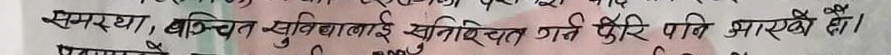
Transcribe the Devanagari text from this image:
समर्था, बञ्चित-सुविधालाई सुनिश्चित गर्न फेरि पनि आउनेछौँ।